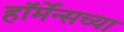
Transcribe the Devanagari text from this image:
हॉर्मेन्सच्या